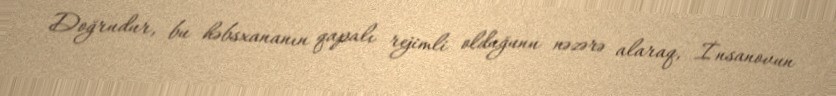
Doğrudur, bu həbsxananın qapalı rejimli olduğunu nəzərə alaraq, İnsanovun